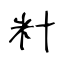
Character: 籵